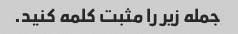
جمله زیر را مثبت کلمه کنید.